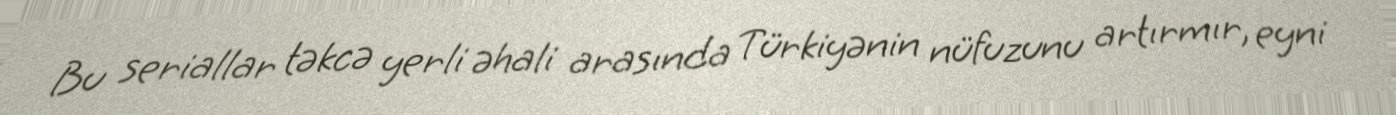
Bu seriallar təkcə yerli əhali arasında Türkiyənin nüfuzunu artırmır, eyni